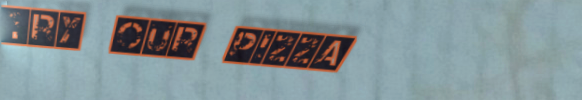
Try Our Pizza